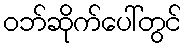
ဝဘ်ဆိုက်ပေါ်တွင်